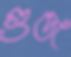
গুঞ্জ